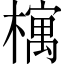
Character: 𣛡